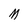
Character: M